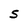
Character: S